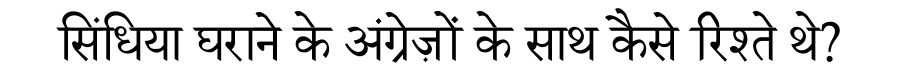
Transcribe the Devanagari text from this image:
सिंधिया घराने के अंग्रेज़ों के साथ कैसे रिश्ते थे?